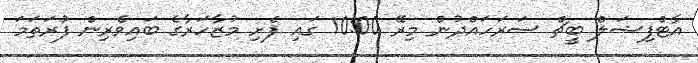
އާޓްފިޝަލް ބީޗް ސަރަހައްދުން މިރޭ 10:00 ގައި ފެށި މުޒާހަރާގެ ބައިވެރިން ފުރަތަމަ